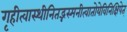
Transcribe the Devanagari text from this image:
गृहीत्वास्थीनितद्भस्मनीत्वातोयेविनिक्षिपेत्